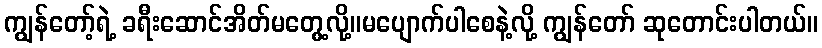
ကျွန်တော့်ရဲ့ ခရီးဆောင်အိတ်မတွေ့လို့။မပျောက်ပါစေနဲ့လို့ ကျွန်တော် ဆုတောင်းပါတယ်။